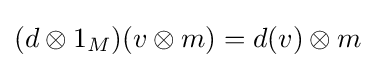
(d\otimes 1_{M})(v\otimes m)=d(v)\otimes m